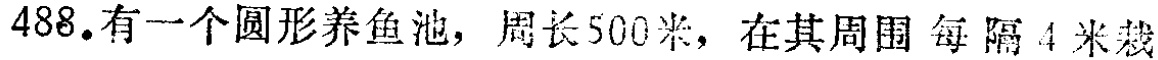
488.有一个圆形养鱼池，周长500米，在其周围 每 隔 4 米栽